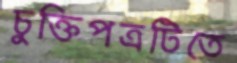
চুক্তিপত্রটিতে